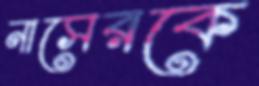
নাসেরকে